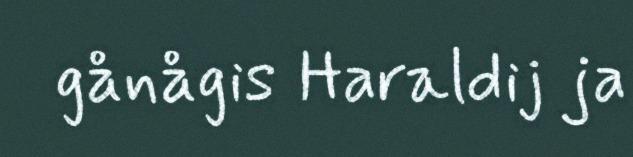
gånågis Haraldij ja